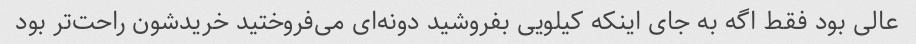
عالی بود فقط اگه به جای اینکه کیلویی بفروشید دونه‌ای می‌فروختید خریدشون راحت‌تر بود